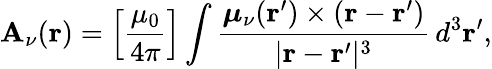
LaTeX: \mathbf{A}_{\nu}(\mathbf{r})=\left[{\frac{{\mu_{0}}}{{4\pi}}}\right]\int\frac{{\boldsymbol\mu_{\nu}(\mathbf{r}^{\prime})}\times(\mathbf{r}-\mathbf{r}^{\prime})}{|\mathbf{r}-\mathbf{r}^{\prime}|^{3}}\, d^{3}\mathbf{r}^{\prime},